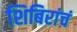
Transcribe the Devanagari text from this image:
शिबिरांचं